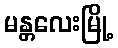
မန္တလေးမြို့